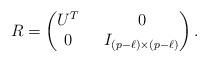
LaTeX: \begin{align*}R=\left(\begin{matrix}U^T\ \ & 0\\0\ \ & I_{(p-\ell)\times (p-\ell)}\end{matrix}\right).\end{align*}